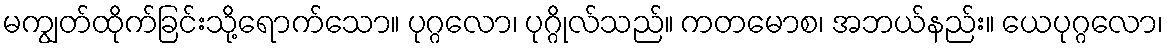
မကျွတ်ထိုက်ခြင်းသို့ရောက်သော။ ပုဂ္ဂလော၊ ပုဂ္ဂိုလ်သည်။ ကတမောစ၊ အဘယ်နည်း။ ယေပုဂ္ဂလော၊